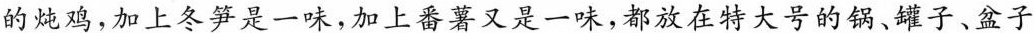
的炖鸡，加上冬笋是一味，加上番薯又是一味，都放在特大号的锅、罐子、盆子